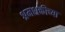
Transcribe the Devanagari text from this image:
श्रमशक्तीच्या